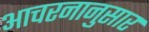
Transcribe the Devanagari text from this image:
आचरनानुसार